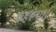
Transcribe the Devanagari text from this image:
ठहरूंगा।